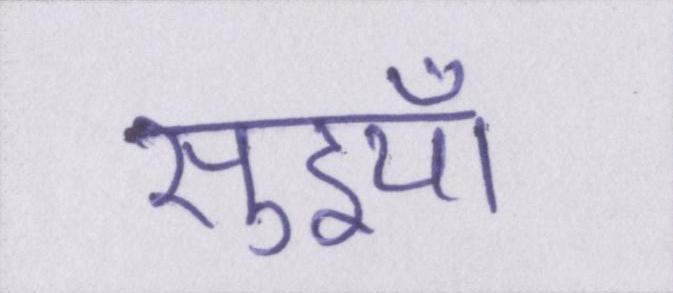
सुइयाँ